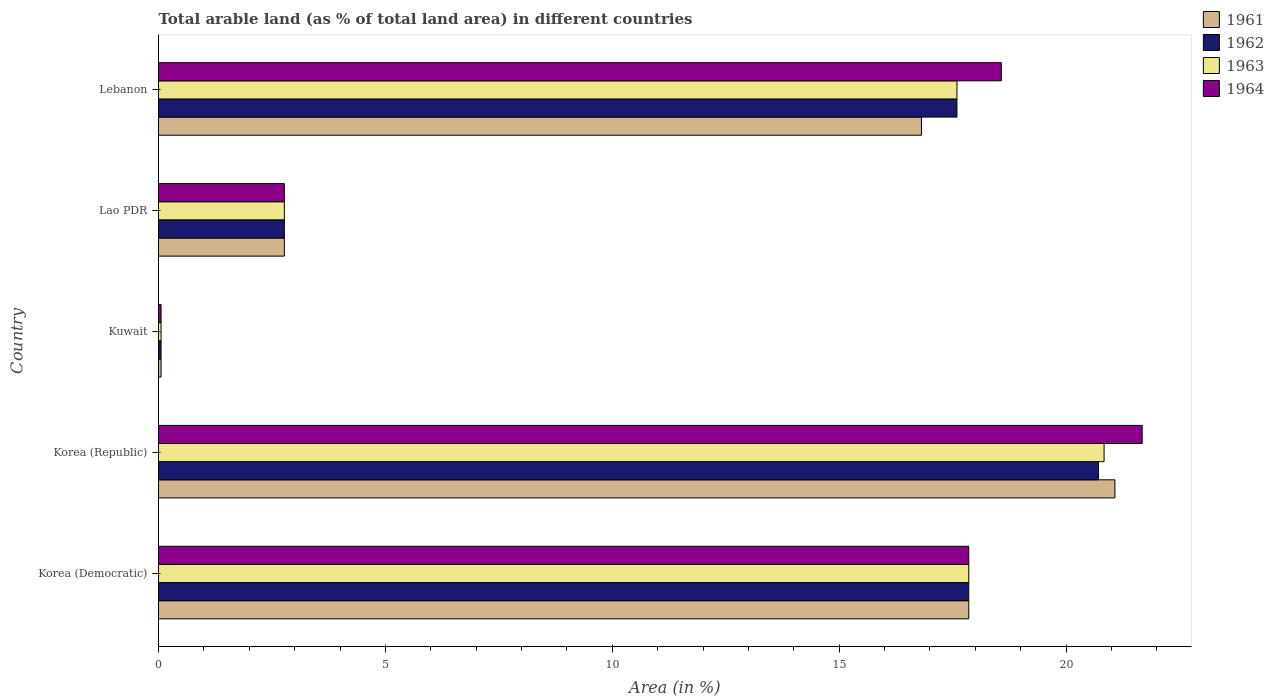
| Country | 1961 | 1962 | 1963 | 1964 |
 | --- | --- | --- | --- | --- |
 | Korea (Democratic) | 17.9 | 17.9 | 17.9 | 17.9 |
 | Korea (Republic) | 21.1 | 20.7 | 20.8 | 21.7 |
 | Kuwait | 0.0561 | 0.0561 | 0.0561 | 0.0561 |
 | Lao PDR | 2.77 | 2.77 | 2.77 | 2.77 |
 | Lebanon | 16.8 | 17.6 | 17.6 | 18.6 |